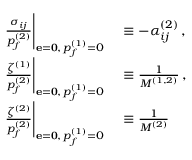
\begin{array} { r l } { \left. \frac { \sigma _ { i j } } { p _ { f } ^ { ( 2 ) } } \right| _ { { \bf { e } = \bf { 0 } } , \, p _ { f } ^ { ( 1 ) } = 0 } } & { { } \equiv - \alpha _ { i j } ^ { ( 2 ) } \, , } \\ { \left. \frac { \zeta ^ { ( 1 ) } } { p _ { f } ^ { ( 2 ) } } \right| _ { { \bf { e } = \bf { 0 } } , \, p _ { f } ^ { ( 1 ) } = 0 } } & { { } \equiv \frac { 1 } { M ^ { ( 1 , 2 ) } } \, , } \\ { \left. \frac { \zeta ^ { ( 2 ) } } { p _ { f } ^ { ( 2 ) } } \right| _ { { \bf { e } = \bf { 0 } } , \, p _ { f } ^ { ( 1 ) } = 0 } } & { { } \equiv \frac { 1 } { M ^ { ( 2 ) } } \, } \end{array}